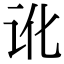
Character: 讹